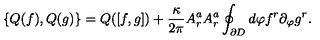
\{ Q ( f ) , Q ( g ) \} = Q ( [ f , g ] ) + \frac { \kappa } { 2 \pi } A _ { r } ^ { a } A _ { r } ^ { a } \oint _ { \partial D } d \varphi f ^ { r } \partial _ { \varphi } g ^ { r } .